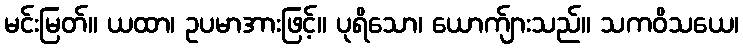
မင်းမြတ်။ ယထာ၊ ဥပမာအားဖြင့်။ ပုရိသော၊ ယောက်ျားသည်။ သကဝိသယေ၊